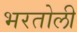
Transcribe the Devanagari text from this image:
भरतोली